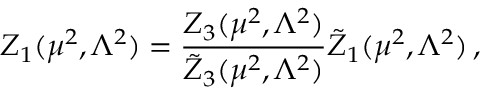
Z _ { 1 } ( \mu ^ { 2 } , \Lambda ^ { 2 } ) = \frac { Z _ { 3 } ( \mu ^ { 2 } , \Lambda ^ { 2 } ) } { \tilde { Z } _ { 3 } ( \mu ^ { 2 } , \Lambda ^ { 2 } ) } \tilde { Z } _ { 1 } ( \mu ^ { 2 } , \Lambda ^ { 2 } ) \, ,